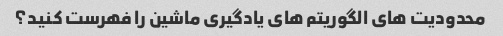
محدودیت های الگوریتم های یادگیری ماشین را فهرست کنید؟